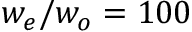
{ w _ { e } / w _ { o } = 1 0 0 }